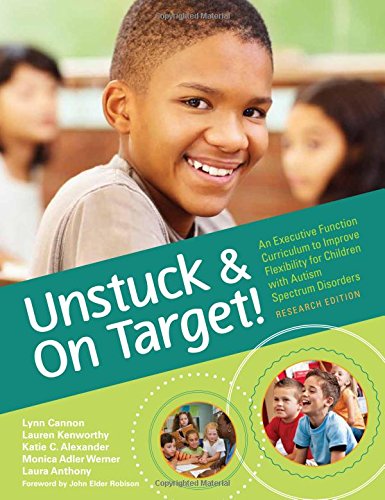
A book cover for Unstuck and On Target!: An Executive Function Curriculum to Improve Flexibility for Children with Autism Spectrum Disorders, Research Edition; Lynn Cannon M.Ed.; Education & Teaching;